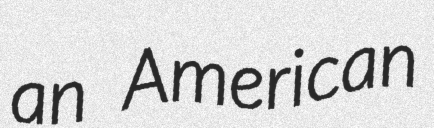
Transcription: an American